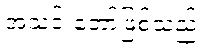
အသင်းတော်ဖြစ်သည့်